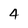
Character: 4